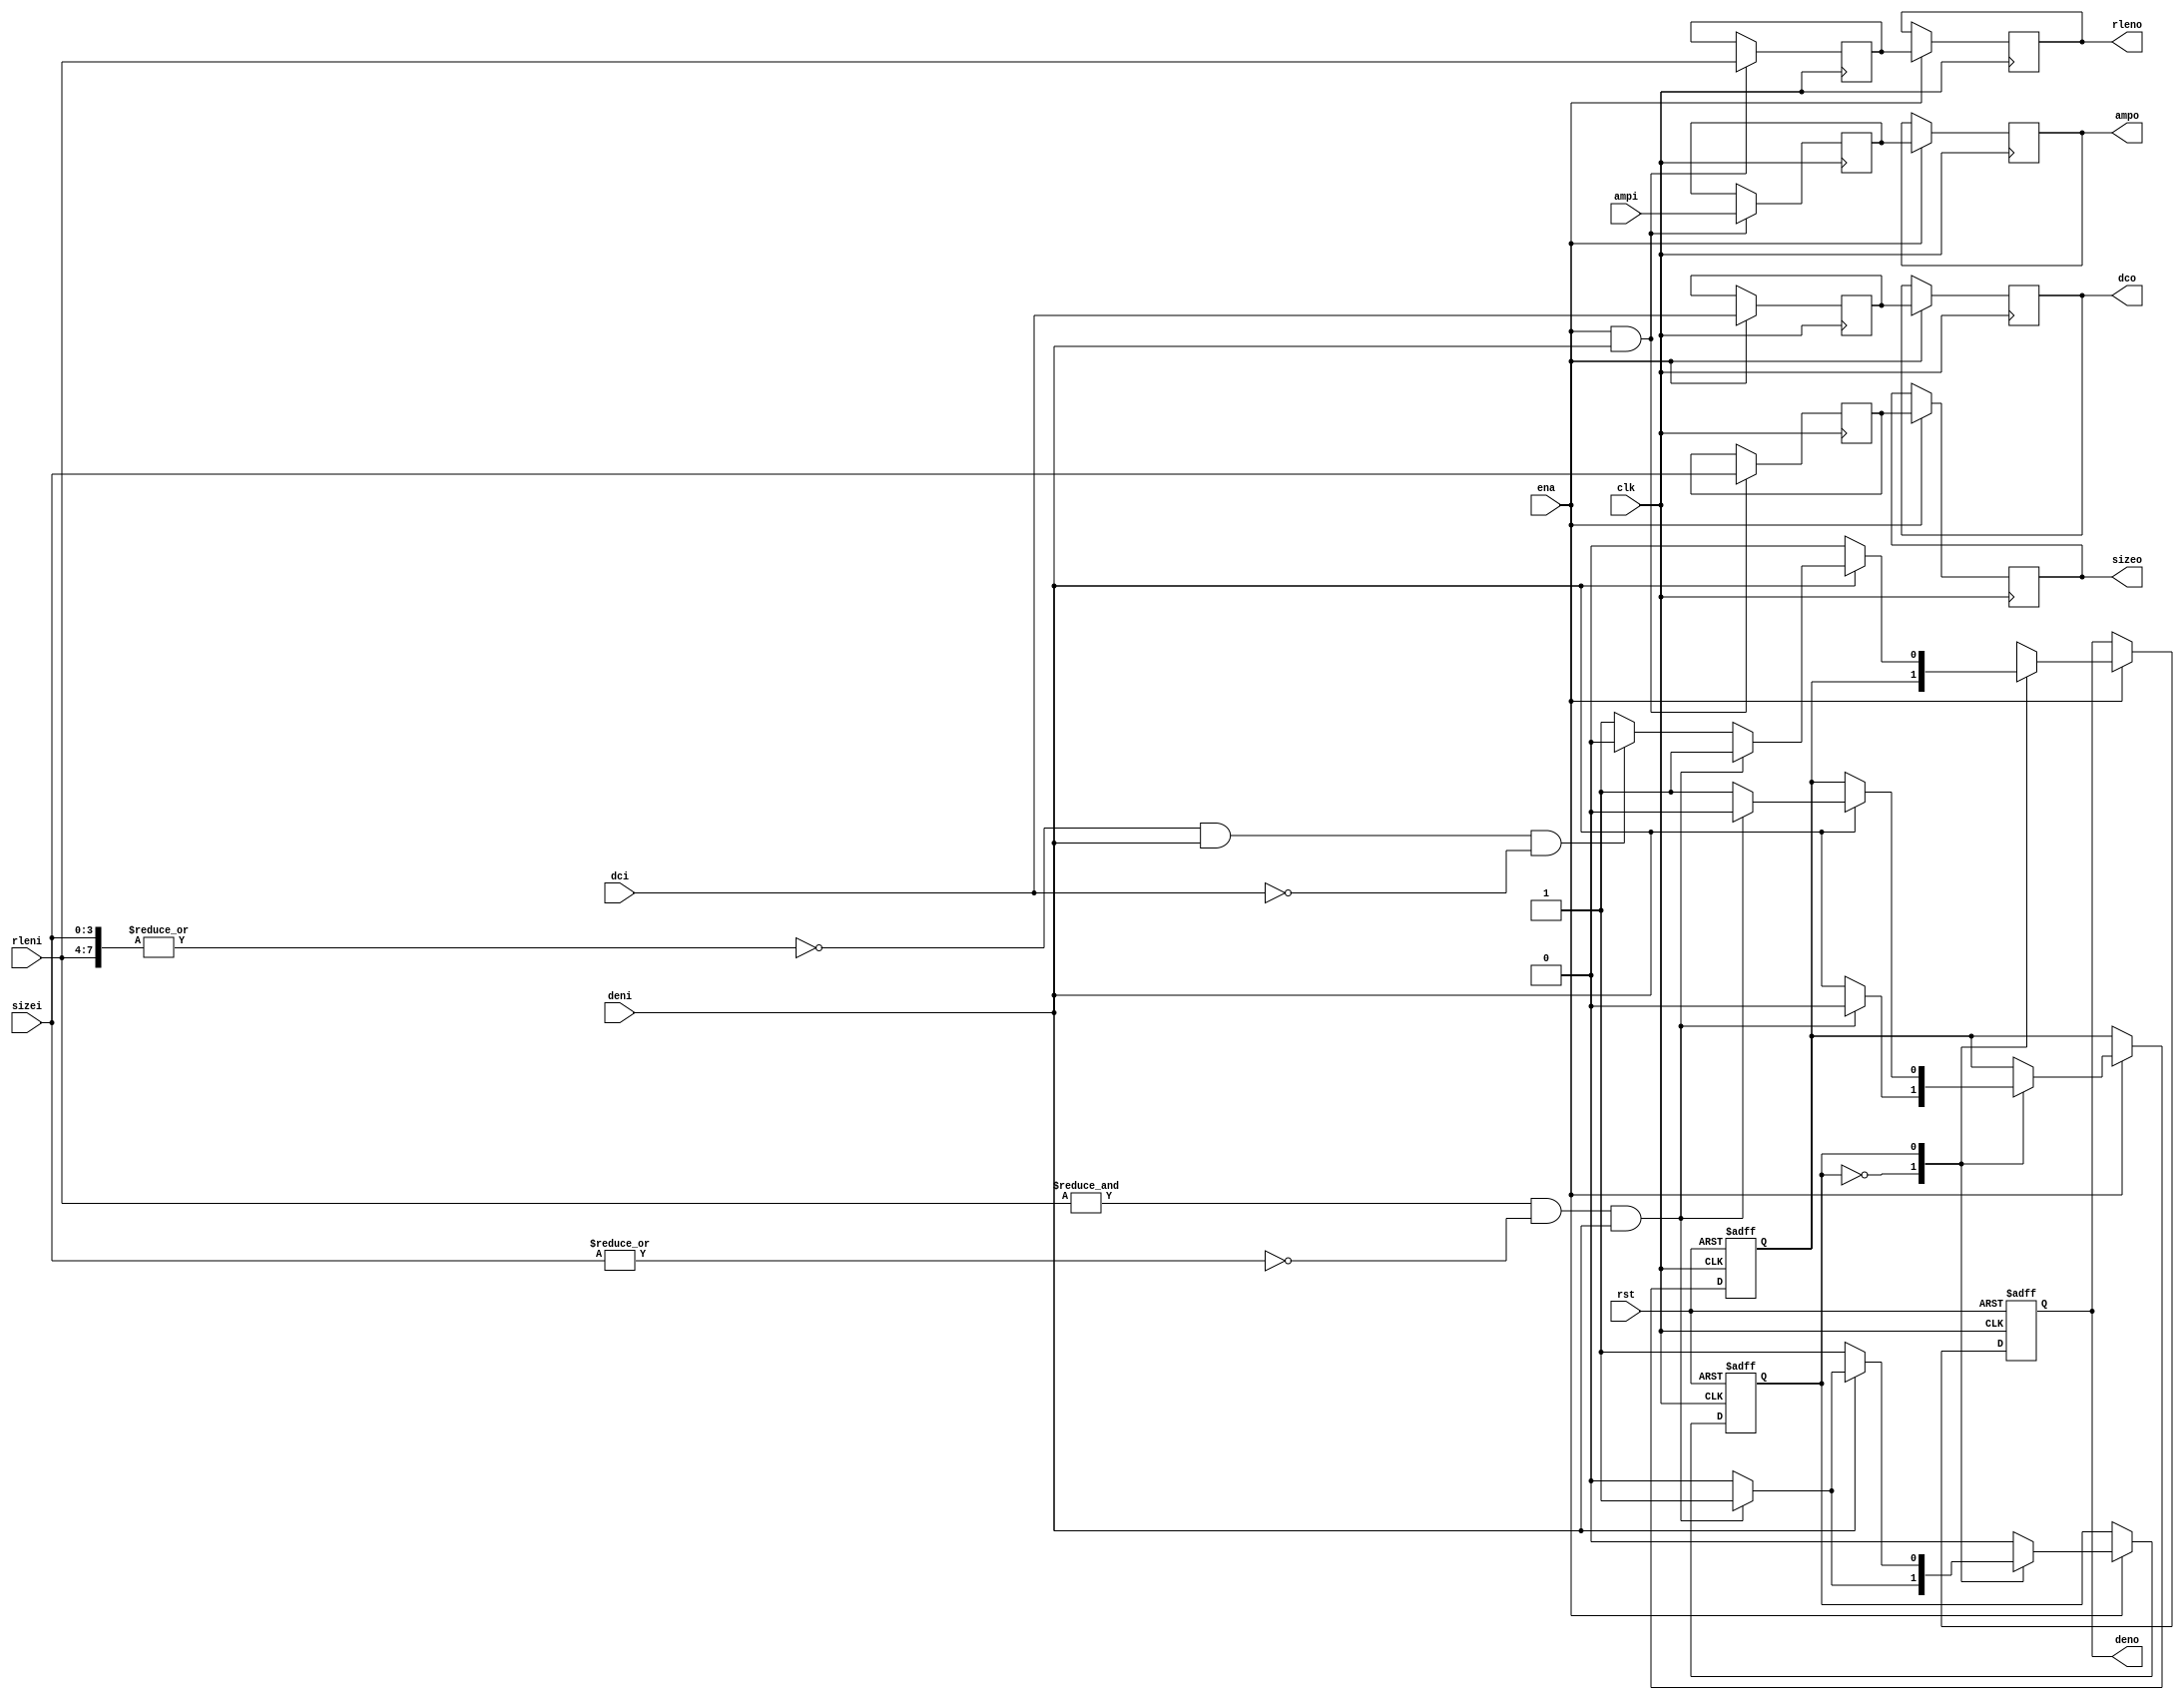
// This program was cloned from: https://github.com/NYU-MLDA/OpenABC
// License: BSD 3-Clause "New" or "Revised" License

module jpeg_rzs(clk, ena, rst, deni, dci, rleni, sizei, ampi, deno, dco, rleno, sizeo, ampo);

	//
	// inputs & outputs
	//
	input        clk;
	input        ena;
	input        rst;
	input        deni;
	input        dci;
	input [ 3:0] sizei;
	input [ 3:0] rleni;
	input [11:0] ampi;

	output        deno;
	output        dco;
	output [ 3:0] sizeo;
	output [ 3:0] rleno;
	output [11:0] ampo;

	reg        deno, dco;
	reg [ 3:0] sizeo, rleno;
	reg [11:0] ampo;

	//
	// variables
	//

	reg [ 3:0] size;
	reg [ 3:0] rlen;
	reg [11:0] amp;
	reg        den;
	reg        dc;

	wire eob;
	wire zerobl;
	reg  state;

	//
	// module body
	//

	always @(posedge clk)
	  if(ena & deni)
	    begin
	        size <= #1 sizei;
	        rlen <= #1 rleni;
	        amp  <= #1 ampi;
	    end

	always @(posedge clk)
	  if(ena)
	    begin
	        sizeo <= #1 size;
	        rleno <= #1 rlen;
	        ampo  <= #1 amp;

	        dc    <= #1 dci;
	        dco   <= #1 dc;
	    end

	assign zerobl = &rleni &  ~|sizei & deni;
	assign eob    = ~|{rleni, sizei} & deni & ~dci;

	always @(posedge clk or negedge rst)
	  if (!rst)
	     begin
	         state <= #1 1'b0;
	         den   <= #1 1'b0;
	         deno  <= #1 1'b0;
	     end
	  else
	    if(ena)
	      (* full_case, parallel_case *) case (state)
	         1'b0:
	             begin
	                 if (zerobl)
	                    begin
	                        state <= #1 1'b1; // go to zero-detection state
	                        den   <= #1 1'b0; // do not yet set data output enable
	                        deno  <= #1 den;  // output previous data
	                    end
	                 else
	                    begin
	                        state <= #1 1'b0; // stay in 'normal' state
	                        den   <= #1 deni; // set data output enable
	                        deno  <= #1 den;  // output previous data
	                    end
	             end

	         1'b1:
	             begin
	                 deno <= #1 1'b0;

	                 if (deni)
	                    if (zerobl)
	                       begin
	                           state <= #1 1'b1; // stay in zero-detection state
	                           den   <= #1 1'b0; // hold current zer-block
	                           deno  <= #1 1'b1; // output previous zero-block
	                       end
	                    else if (eob)
	                       begin
	                           state <= #1 1'b0; // go to 'normal' state
	                           den   <= #1 1'b1; // set output enable for EOB
	                           deno  <= #1 1'b0; // (was already zero), maybe optimize ??
	                       end
	                    else
	                       begin
	                           state <= #1 1'b0; // go to normal state
	                           den   <= #1 1'b1; // set data output enable
	                           deno  <= #1 1'b1; // oops, zero-block should have been output
	                       end
	             end
	      endcase
endmodule